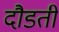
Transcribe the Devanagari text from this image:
दौडती